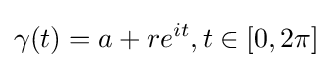
\gamma (t)=a+re^{it},t\in [0,2\pi ]